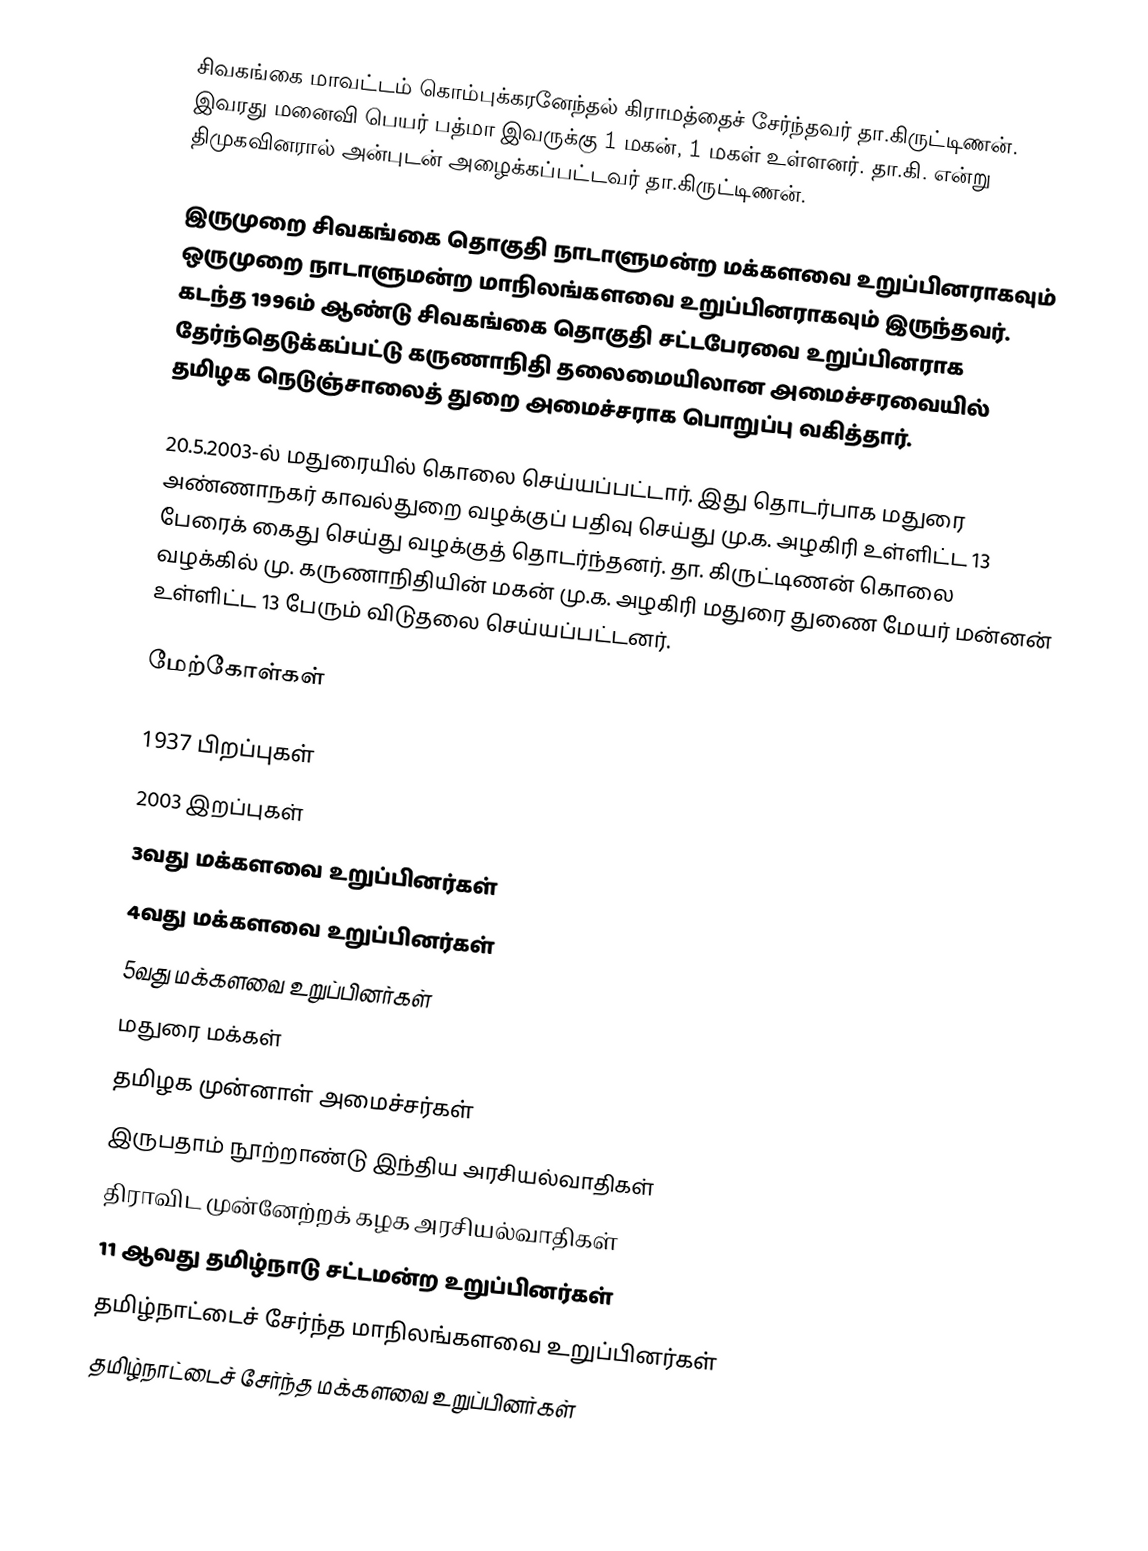
சிவகங்கை மாவட்டம் கொம்புக்கரனேந்தல் கிராமத்தைச் சேர்ந்தவர் தா.கிருட்டிணன். இவரது மனைவி பெயர் பத்மா  இவருக்கு 1 மகன், 1 மகள் உள்ளனர். தா.கி. என்று திமுகவினரால் அன்புடன் அழைக்கப்பட்டவர் தா.கிருட்டிணன்.

இருமுறை சிவகங்கை தொகுதி நாடாளுமன்ற மக்களவை உறுப்பினராகவும் ஒருமுறை நாடாளுமன்ற மாநிலங்களவை உறுப்பினராகவும் இருந்தவர். கடந்த 1996ம் ஆண்டு சிவகங்கை தொகுதி சட்டபேரவை உறுப்பினராக தேர்ந்தெடுக்கப்பட்டு கருணாநிதி தலைமையிலான அமைச்சரவையில் தமிழக நெடுஞ்சாலைத் துறை அமைச்சராக பொறுப்பு வகித்தார்.

20.5.2003-ல் மதுரையில் கொலை செய்யப்பட்டார். இது தொடர்பாக மதுரை அண்ணாநகர்  காவல்துறை வழக்குப் பதிவு செய்து மு.க. அழகிரி உள்ளிட்ட 13 பேரைக் கைது செய்து வழக்குத் தொடர்ந்தனர். தா. கிருட்டிணன் கொலை வழக்கில் மு. கருணாநிதியின் மகன் மு.க. அழகிரி மதுரை துணை மேயர் மன்னன் உள்ளிட்ட 13 பேரும் விடுதலை செய்யப்பட்டனர்.

மேற்கோள்கள்

1937 பிறப்புகள்
2003 இறப்புகள்
3வது மக்களவை உறுப்பினர்கள்
4வது மக்களவை உறுப்பினர்கள்
5வது மக்களவை உறுப்பினர்கள்
மதுரை மக்கள்
தமிழக முன்னாள் அமைச்சர்கள்
இருபதாம் நூற்றாண்டு இந்திய அரசியல்வாதிகள்
திராவிட முன்னேற்றக் கழக அரசியல்வாதிகள்
11 ஆவது தமிழ்நாடு சட்டமன்ற உறுப்பினர்கள்
தமிழ்நாட்டைச் சேர்ந்த மாநிலங்களவை உறுப்பினர்கள்
தமிழ்நாட்டைச் சேர்ந்த மக்களவை உறுப்பினர்கள்